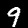
Label: 9